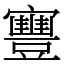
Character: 寷